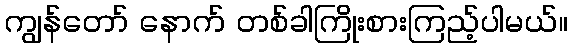
ကျွန်တော် နောက် တစ်ခါကြိုးစားကြည့်ပါမယ်။